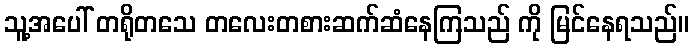
သူ့အပေါ် တရိုတသေ တလေးတစားဆက်ဆံနေကြသည် ကို မြင်နေရသည်။